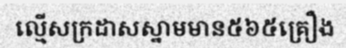
ល្មើសក្រដាសស្នាមមាន៥៦៥គ្រឿង